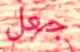
جعل